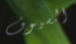
السيوف